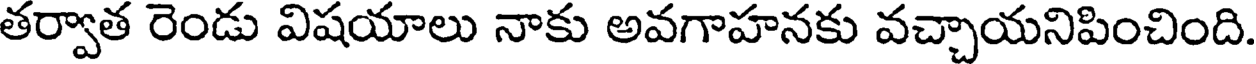
తర్వాత రెండు విషయాలు నాకు అవగాహనకు వచ్చాయనిపించింది